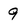
Character: 9